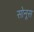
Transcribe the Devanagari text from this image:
सोनूस